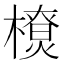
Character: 𰘴